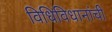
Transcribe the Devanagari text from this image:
विधिविधानांची